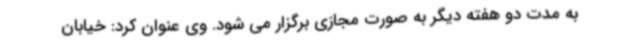
به مدت دو هفته دیگر به صورت مجازی برگزار می شود. وی عنوان کرد: خیابان